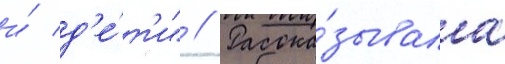
и́ д'е́т'и" // Расска́зывала